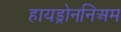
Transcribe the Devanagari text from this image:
हायड्रोननिअम